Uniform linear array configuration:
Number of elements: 4
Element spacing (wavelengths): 0.25
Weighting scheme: uniform
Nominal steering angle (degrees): -45
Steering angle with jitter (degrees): -43.883
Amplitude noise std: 0.05
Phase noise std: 0.05

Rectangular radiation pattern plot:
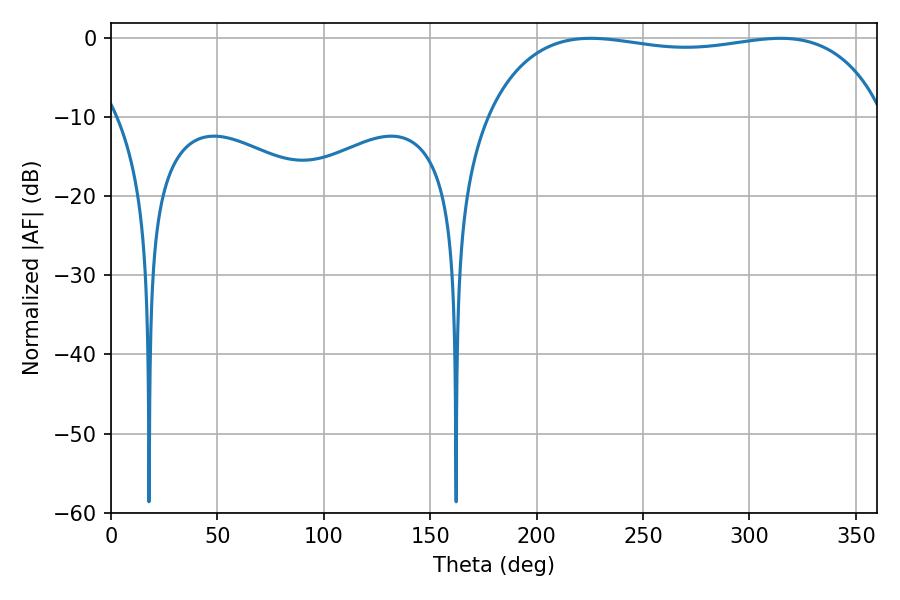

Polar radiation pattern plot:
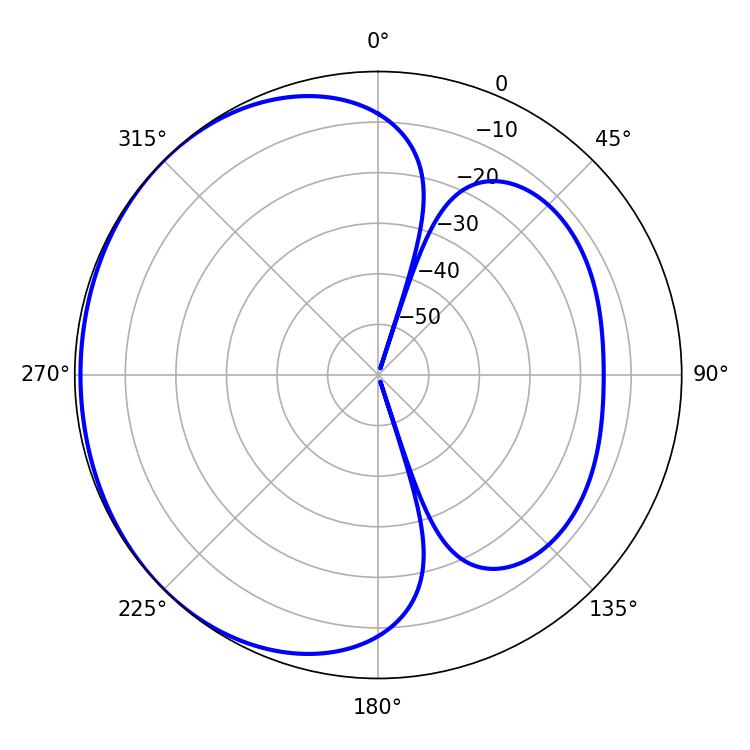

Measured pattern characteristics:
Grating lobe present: FALSE
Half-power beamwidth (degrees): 150.48
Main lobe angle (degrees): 225.36